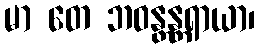
မာ တေ ဘဝန္တန္တရာယာ၊